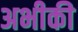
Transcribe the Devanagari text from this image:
अभीकी